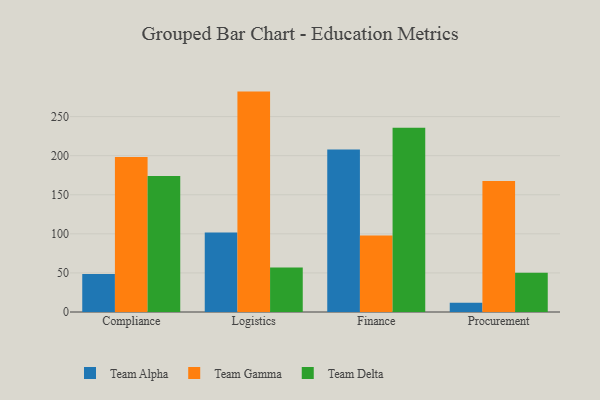
{"axis": {"x": "Department", "y": "Temperature (°C)"}, "legend": ["Team Alpha", "Team Delta", "Team Gamma"], "data": [{"x": "Compliance", "y": 48.6, "type": "Team Alpha"}, {"x": "Compliance", "y": 198.3, "type": "Team Gamma"}, {"x": "Compliance", "y": 174.1, "type": "Team Delta"}, {"x": "Logistics", "y": 101.6, "type": "Team Alpha"}, {"x": "Logistics", "y": 282.0, "type": "Team Gamma"}, {"x": "Logistics", "y": 56.9, "type": "Team Delta"}, {"x": "Finance", "y": 208.0, "type": "Team Alpha"}, {"x": "Finance", "y": 97.9, "type": "Team Gamma"}, {"x": "Finance", "y": 235.6, "type": "Team Delta"}, {"x": "Procurement", "y": 11.7, "type": "Team Alpha"}, {"x": "Procurement", "y": 167.5, "type": "Team Gamma"}, {"x": "Procurement", "y": 50.3, "type": "Team Delta"}]}